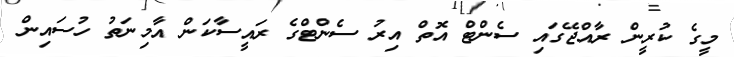
މީގެ ކުރީން ރާއްޖޭގައި ސެންޓް އޮތް އިރު ސެންޓްގެ ރައީސާކަން އާމިނަތު ހުސައިން